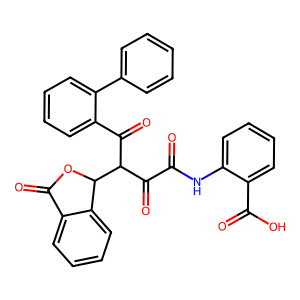
SMILES: O=C(Nc1ccccc1C(=O)O)C(=O)C(C(=O)c1ccccc1-c1ccccc1)C1OC(=O)c2ccccc21
Inhibits HIV replication: No